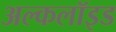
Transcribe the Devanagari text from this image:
अल्कलॉइड